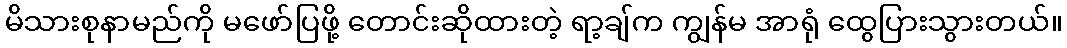
မိသားစုနာမည်ကို မဖော်ပြဖို့ တောင်းဆိုထားတဲ့ ရာ့ချ်က ကျွန်မ အာရုံ ထွေပြားသွားတယ်။